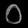
Digit: ၀